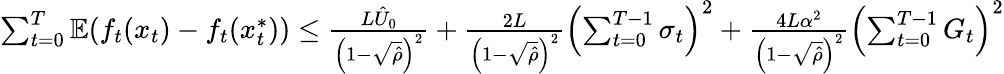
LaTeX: \begin{array}{r}{\sum_{t=0}^{T}\mathbb{E}(f_{t}(x_{t})-f_{t}(x_{t}^{*}))\leq\frac{L\hat{U}_{0}}{\left(1-\sqrt{\hat{\rho}}\right)^{2}}+\frac{2L}{\left(1-\sqrt{\hat{\rho}}\right)^{2}}\left(\sum_{t=0}^{T-1}\sigma_{t}\right)^{2}+\frac{4L\alpha^{2}}{\left(1-\sqrt{\hat{\rho}}\right)^{2}}\left(\sum_{t=0}^{T-1}G_{t}\right)^{2}}\end{array}